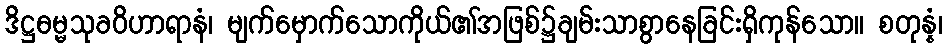
ဒိဋ္ဌဓမ္မသုခဝိဟာရာနံ၊ မျက်မှောက်သောကိုယ်၏အဖြစ်၌ချမ်းသာစွာနေခြင်းရှိကုန်သော။ စတုန္နံ၊